Studies on the mouth parts a Comparative anatomy of the proboscis in the blood-sucking muscidae - Number 60
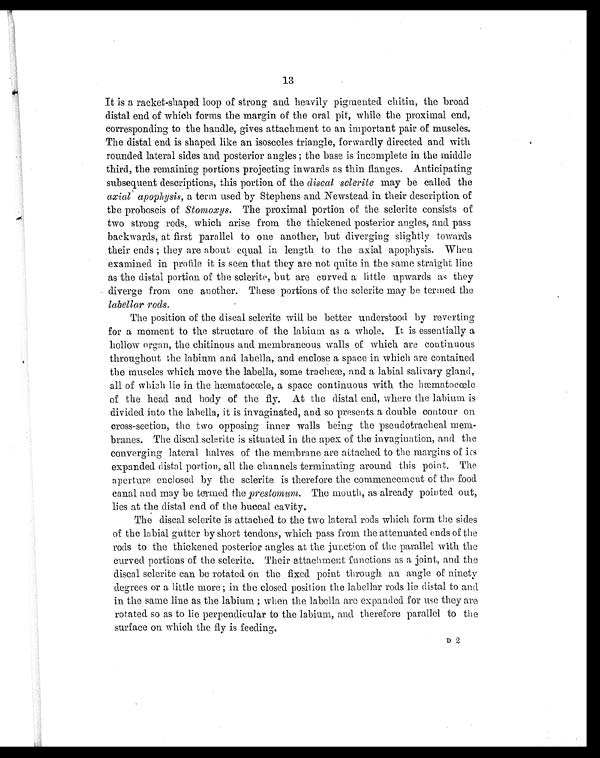
13
It is a racket-shaped loop of strong and heavily pigmented chitin, the broad
distal end of which forms the margin of the oral pit, while the proximal end,
corresponding to the handle, gives attachment to an important pair of muscles.
The distal end is shaped like an isosceles triangle, forwardly directed and with
rounded lateral sides and posterior angles; the base is incomplete in the middle
third, the remaining portions projecting inwards as thin flanges. Anticipating
subsequent descriptions, this portion of the discal sclerite may be called the
axial apophysis, a term used by Stephens and Newstead in their description of
the proboscis of Stomoxys. The proximal portion of the sclerite consists of
two strong rods, which arise from the thickened posterior angles, and pass
backwards, at first parallel to one another, but diverging slightly towards
their ends ; they are about equal in length to the axial apophysis. When
examined in profile it is seen that they are not quite in the same straight line
as the distal portion of the sclerite, but are curved a little upwards as they
diverge from one another. These portions of the sclerite may be termed the
labellar rods.
The position of the discal sclerite will be better understood by reverting
for a moment to the structure of the labium, as a whole. It is essentially a
hollow organ, the chitinous and membraneous walls of which are continuous
throughout the labium and labella, and enclose a space in which are contained
the muscles which move the labella, some tracheæ, and a labial salivary gland,
all of which lie in the hæmatocœle, a space continuous with the hæmatocœle
of the head and body of the fly. At the distal end, where the labium is
divided into the labella, it is invaginated, and so presents a double contour on
cross-section, the two opposing inner walls being the pseudotracheal mem-
branes. The discal sclerite is situated in the apex of the invagination, and the
converging lateral halves of the membrane are attached to the margins of
its expanded distal portion, all the channels terminating around this point. The
aperture enclosed by the sclerite is therefore the commencement of the food
canal and may be tomed the prestomum. The mouth, as already pointed out,
lies at the distal end of the buccal cavity.
The discal sclerite is attached to the two lateral rods which form the sides
of the labial gutter by short tendons, which pass from the attenuated ends of the
rods to the thickened posterior angles at the junction of the parallel with the
curved portions of the sclerite. Their attachment functions as a joint, and the
discal sclerite can be rotated on the fixed point through an angle of ninety
degrees or a little more ; in the closed position the labellar rods lie distal to and
in the same line as the labium ; when the labella are expanded for use they are
rotated so as to lie perpendicular to the labium, and therefore parallel to the
surface on which the fly is feeding.